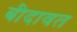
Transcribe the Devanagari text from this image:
बीदावत